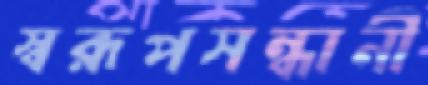
স্বরূপসন্ধানী